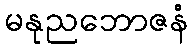
မနုညဘောဇနံ